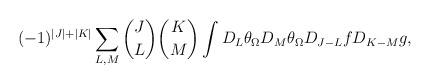
LaTeX: \begin{align*}(-1)^{|J|+|K|}\sum_{L,M}{J \choose L}{K \choose M}\int D_L\theta_{\Omega}D_M\theta_{\Omega} D_{J-L}fD_{K-M}g,\end{align*}